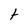
Character: t